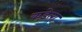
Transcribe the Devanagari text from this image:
कड़ेला